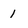
Character: 1